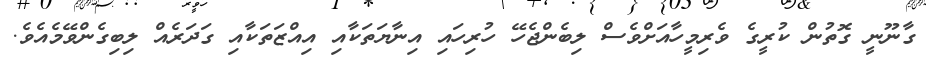
ގާނޫނީ ގޮތުން ކުރީގެ ވެރިމީހާއަށްވެސް ލިބެންޖެހޭ ހުރިހައި އިނާޔަތަކާއި އިއްޒަތަކާއި ގަދަރެއް ލިބިގެންވޭމެއެވެ.